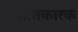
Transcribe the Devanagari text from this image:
शीतकारक